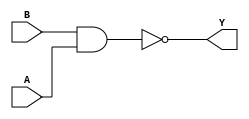
module sky130_fd_sc_ls__nand2 (
    Y,
    A,
    B
);

    // Module ports
    output Y;
    input  A;
    input  B;

    // Local signals
    wire nand0_out_Y;

    //   Name   Output       Other arguments
    nand nand0 (nand0_out_Y, B, A           );
    buf  buf0  (Y          , nand0_out_Y    );

endmodule